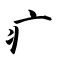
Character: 疒